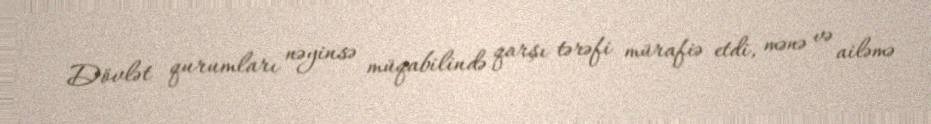
Dövlət qurumları nəyinsə müqabilində qarşı tərəfi mürafiə etdi, mənə və ailəmə